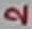
Text: 2